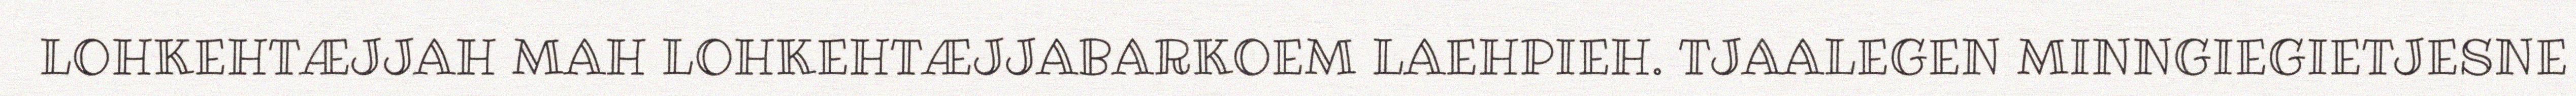
LOHKEHTÆJJAH MAH LOHKEHTÆJJABARKOEM LAEHPIEH. TJAALEGEN MINNGIEGIETJESNE